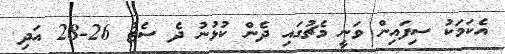
އެކަމަކު ސިފައިން ވަނީ މެޗުގައި ދެން ކުޅުނު ދެ ސެޓު 26-28 އަދި